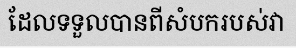
ដែលទទួលបានពីសំបករបស់វា